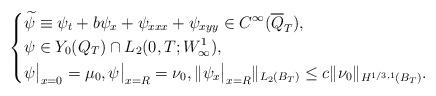
LaTeX: \begin{align*}\left\{\begin{aligned}&\widetilde\psi \equiv\psi_t +b\psi_x+\psi_{xxx}+\psi_{xyy} \in C^\infty(\overline{Q}_T), \\&\psi\in Y_0(Q_T)\cap L_2(0,T;W^1_\infty),\\&\psi\big|_{x=0}=\mu_0, \psi\big|_{x=R}=\nu_0, \|\psi_x\big|_{x=R}\|_{L_2(B_T)}\leq c\|\nu_0\|_{H^{1/3,1}(B_T)}.\end{aligned}\right.\end{align*}